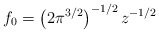
\begin{align*}f_0=\left(2{\pi}^{3/2}\right)^{-1/2} z^{-1/2}\end{align*}